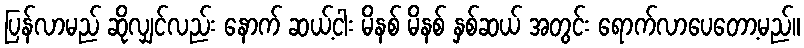
ပြန်လာမည် ဆိုလျှင်လည်း နောက် ဆယ့်ငါး မိနစ် မိနစ် နှစ်ဆယ် အတွင်း ရောက်လာပေတော့မည်။